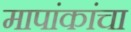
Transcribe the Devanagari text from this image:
मापांकांचा